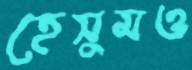
হেসুমও